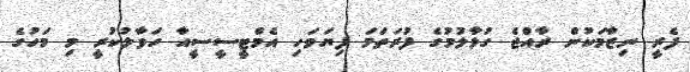
ފެރީ ނިޒާމަކުން ރާއްޖެ ގުޅާލުމުގެ ފުރަތަމަ ފިޔަވަހި އެމްޓީސީސީއާ ހަވާލުކުރީ މި މަހުގެ